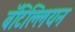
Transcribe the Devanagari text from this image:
बॅटिल्लियन